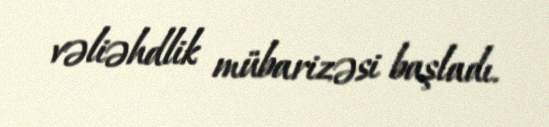
vəliəhdlik mübarizəsi başladı.